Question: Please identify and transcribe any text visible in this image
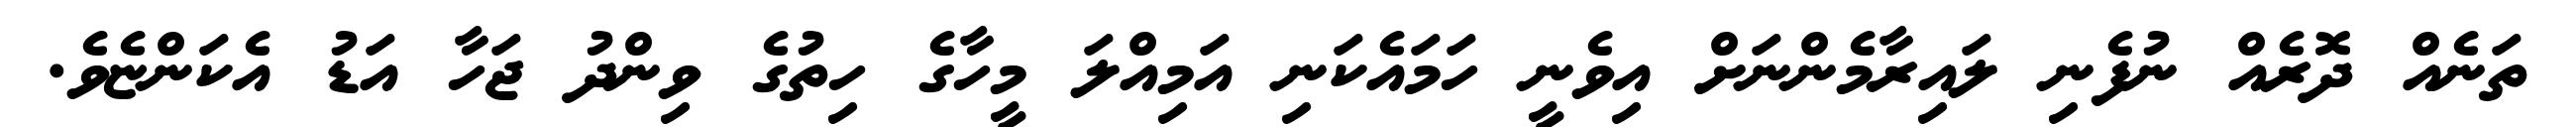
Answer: ތަނެއް ދޮރެއް ނުފެނި ލައިރާމެންނަށް އިވެނީ ހަމައެކަނި އަމިއްލަ މީހާގެ ހިތުގެ ވިންދު ޖަހާ އަޑު އެކަންޏެވެ.